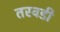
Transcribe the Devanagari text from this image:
तरवडी